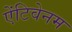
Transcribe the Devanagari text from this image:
ऐंटिवेनम